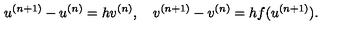
u ^ { ( n + 1 ) } - u ^ { ( n ) } = h v ^ { ( n ) } , \quad v ^ { ( n + 1 ) } - v ^ { ( n ) } = h f ( u ^ { ( n + 1 ) } ) .